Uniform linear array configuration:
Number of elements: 32
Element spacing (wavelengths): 0.25
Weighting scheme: cosine
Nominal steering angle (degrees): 0
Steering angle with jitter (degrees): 1.379
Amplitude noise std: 0.05
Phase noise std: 0.05

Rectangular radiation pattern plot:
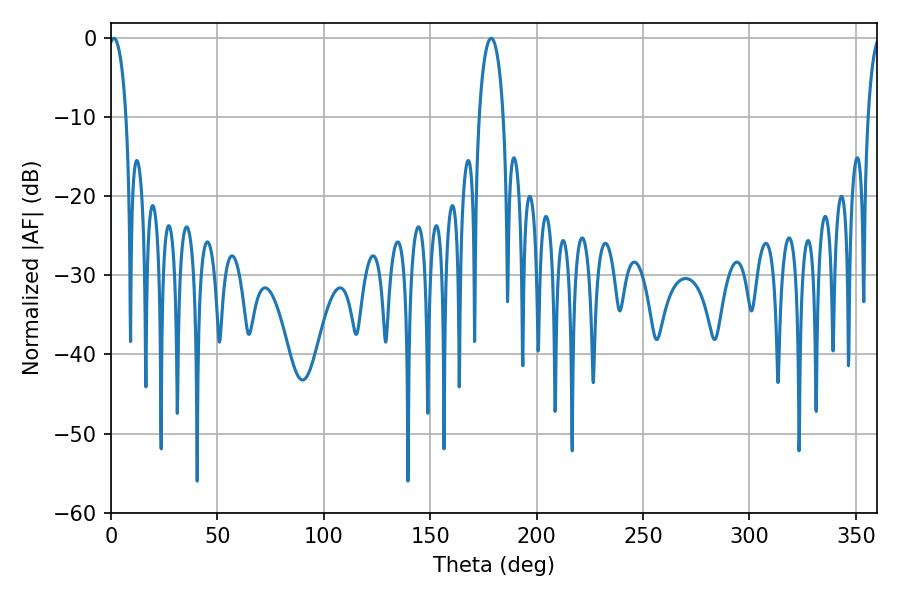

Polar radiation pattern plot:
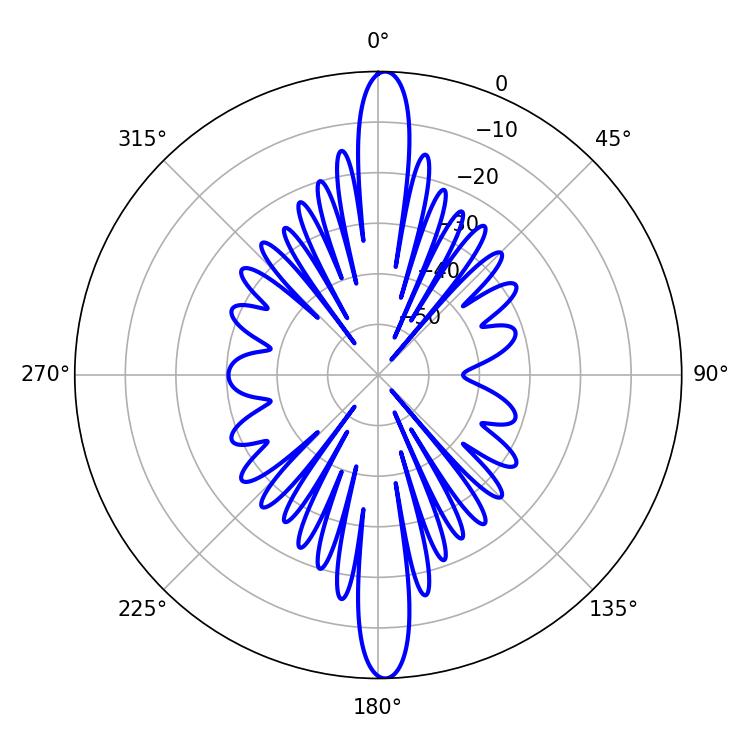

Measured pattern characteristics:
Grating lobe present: FALSE
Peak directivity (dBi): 25.726
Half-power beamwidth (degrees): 4.68
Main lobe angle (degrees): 1.44